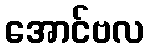
အောင်ဗလ